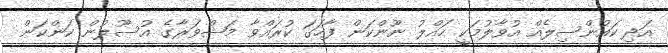
އަދި ކައުންސިލެއް އުވާލުމަކީ ހައްލު ނޫންކަން ފާހަގަ ކުރައްވާ މަޝްވަރާގެ އުސޫލުން ކަންކަން